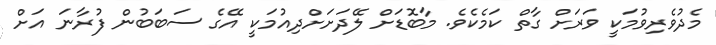
މެދުވެރިވުމަކީ ވަރަށް ގާތް ކަމެކެވެ. މާބޮޑަށް ލޭދަށަށްދިއުމަކީ އޭގެ ސަބަބުން ފުރާނަ އަށް